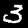
Digit: 3